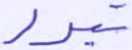
تبور